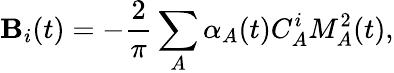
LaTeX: \mathbf{B}_{i}(t)=-\frac{{2}}{{\pi}}\sum_{A}\alpha_{A}(t)C_{A}^{i}M_{A}^{2}(t),